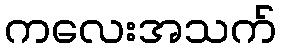
ကလေးအသက်